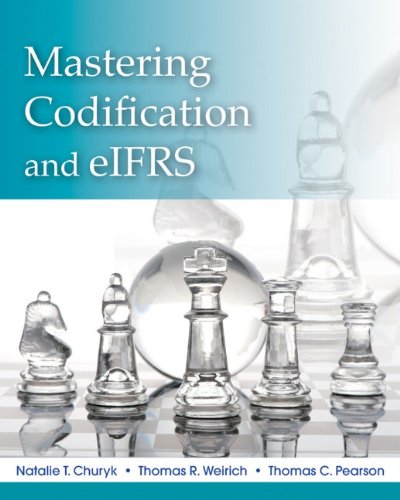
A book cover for Mastering Codification and eIFRS: A Casebook Approach; Natalie Tatiana Churyk; Business & Money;